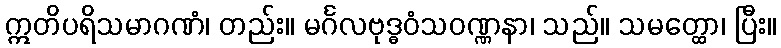
ဣတိပရိသမာဂဏံ၊ တည်း။ မင်္ဂလဗုဒ္ဓဝံသဝဏ္ဏနာ၊ သည်။ သမတ္ထော၊ ပြီး။